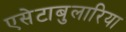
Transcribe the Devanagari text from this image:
एसेटाबुलारिया